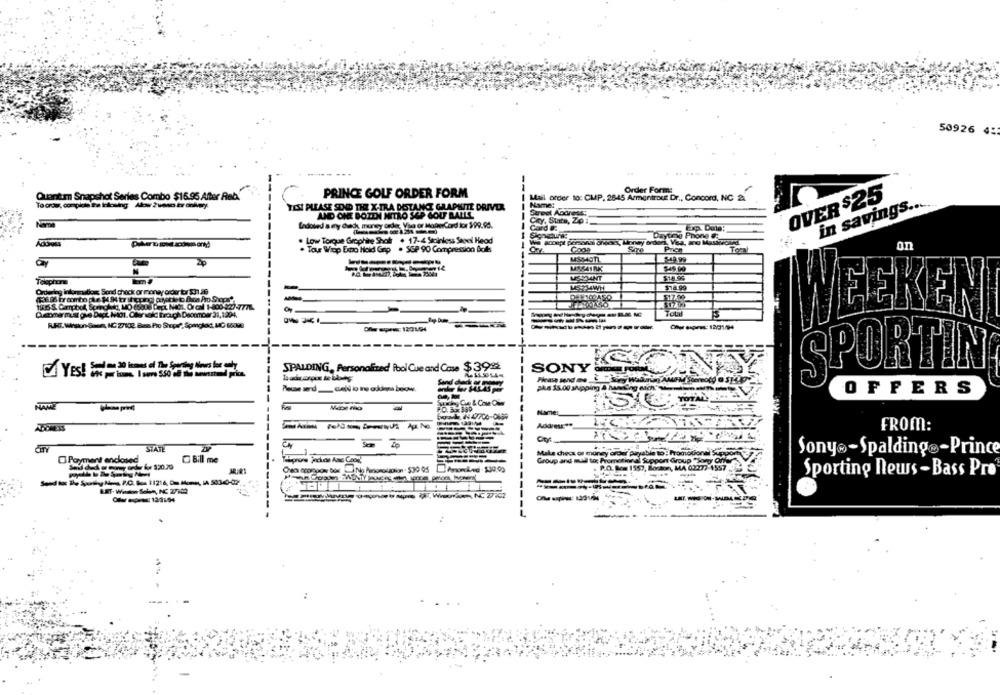
50926 4:
PRINCE GOLF ORDER FORM
Order Forms
Quantum Snapshot Series Combo $16.95 After Red.
Mail order to: CMP, 2845 Armenirout Dr ., Concord, NC 2.
OVER $25
in savings ......
TEX PLEASE SEND THE X-TRA DOSTANKE GRAPHITE DRIVER
Name:
AND ONE BOZEN NITRO SOP GOLF BALLL
Street Address:
Cry. Stara, Zo:
Ledoted as ery diach, money order, Voo or MoneyCord kor $99.95.
Card #:
Daytime Phone G:
Adores
. Low Torque Graphite Shot . 17-4 Stainless Steel Heod
. Tour Wep Eno Hold Gnp . SSP 90 Compression Balls
Tora
on
--
20
MSSon
5-49.99
$18.96
Ordering inlondon Sond check or money order tor 531.29
TOLil
WEEKEN
------
Offer open 1301/04
-----------
----
SPALDING, Personalized Pool Cue and Case $3912
SONY CD FORMEL
SPORTIN
OFFERS
TOTAL
NAME
boade, IN 47700-0699
NameL
Addres **_
FROM:
Make checx or money order Aiguable to :
Sony®-Spalding -Prince
Payment enclosed
C Bill me
Group and mul to: Promotional Support Group
. P.O. Box 1557, Bod
AMA 02277-45
Sporting news - Bass Pro
------